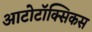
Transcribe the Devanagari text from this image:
आटोटॉक्सिकस